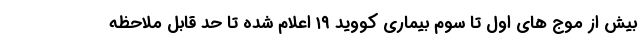
بیش از موج های اول تا سوم بیماری کووید ۱۹ اعلام شده تا حد قابل ملاحظه